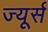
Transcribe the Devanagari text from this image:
ज्यूर्स